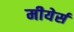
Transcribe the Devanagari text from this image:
मीयेर्स